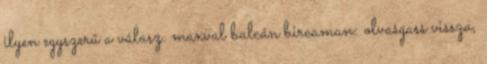
ilyen egyszerű a válasz. maxval balcán bircaman: olvasgass vissza,